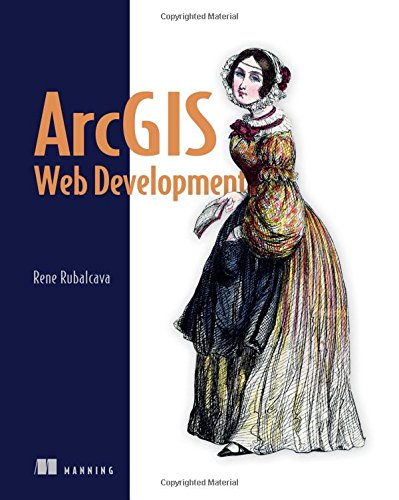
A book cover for ArcGIS Web Development; Rene Rubalcava; Computers & Technology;